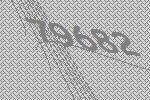
79682